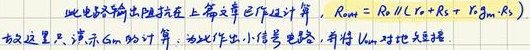
此电路输出阻抗在上章已作过计算，\(R_{out}=R_{0}\parallel (r_{x}+R_{s}+r_{gm}\cdot R_{s})\)。故这里只演示\(G_{m}\)的计算，为此作出小信号电路，并将\(U_{in}\)对地短接。